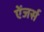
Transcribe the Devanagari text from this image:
ऐंजर्स